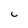
Character: c